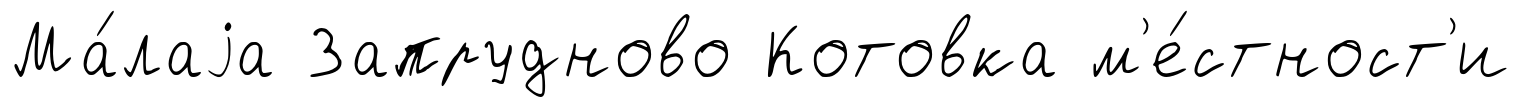
Ма́лаjа Запрудново Котовка м'е́стност'и